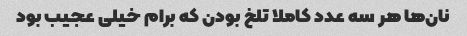
نان‌ها هر سه عدد کاملا تلخ بودن که برام خیلی عجیب بود